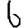
Digit: 6